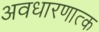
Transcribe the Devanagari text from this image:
अवधारणात्क